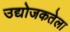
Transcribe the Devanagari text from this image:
उद्योजकतेला